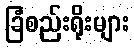
ခြံစည်းရိုးများ